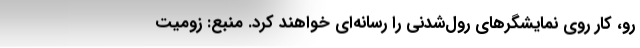
رو، کار روی نمایشگرهای رول‌شدنی را رسانه‌ای خواهند کرد. منبع: زومیت